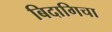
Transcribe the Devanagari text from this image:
बिदागिचा